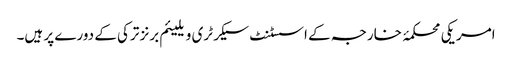
امریکی محکمۂ خارجہ کے اسسٹنٹ سیکرٹری ویلیئم برنز ترکی کے دورے پر ہیں۔